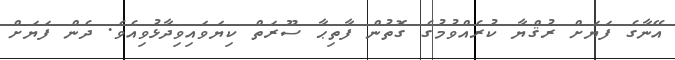
އޭނާގެ ފަޔަށް ރުޤްޔާ ކުރެއްވުމުގެ ގޮތުން ފާތިޙާ ސޫރަތް ކިޔަވައިވިދާޅުވިއެވެ. ދެން ފަޔަށް